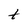
Character: t